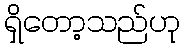
ရှိတော့သည်ဟု